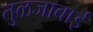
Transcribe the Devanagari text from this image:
तुळजाबाई